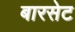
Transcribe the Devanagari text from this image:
बारसेट